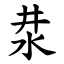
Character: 汬